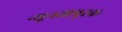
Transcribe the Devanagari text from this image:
न्यूनतापूरक